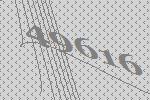
49616